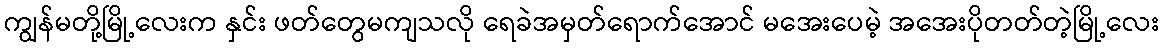
ကျွန်မတို့မြို့လေးက နှင်း ဖတ်တွေမကျသလို ရေခဲအမှတ်ရောက်အောင် မအေးပေမဲ့ အအေးပိုတတ်တဲ့မြို့လေး